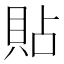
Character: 貼